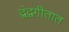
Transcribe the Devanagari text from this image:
द्वंद्वगीतात